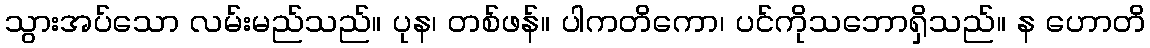
သွားအပ်သော လမ်းမည်သည်။ ပုန၊ တစ်ဖန်။ ပါကတိကော၊ ပင်ကိုသဘောရှိသည်။ န ဟောတိ